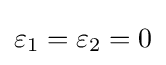
\varepsilon _{1}=\varepsilon _{2}=0